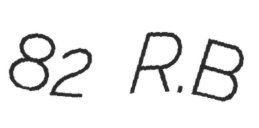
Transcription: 82 R.B